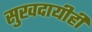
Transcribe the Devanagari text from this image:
सुखदायीही